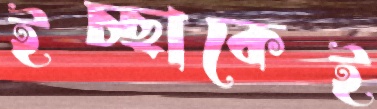
ইচ্ছাকেই